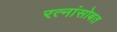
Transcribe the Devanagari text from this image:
रत्नांसोबत